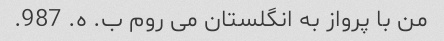
من با پرواز به انگلستان می روم ب. ه. 987.